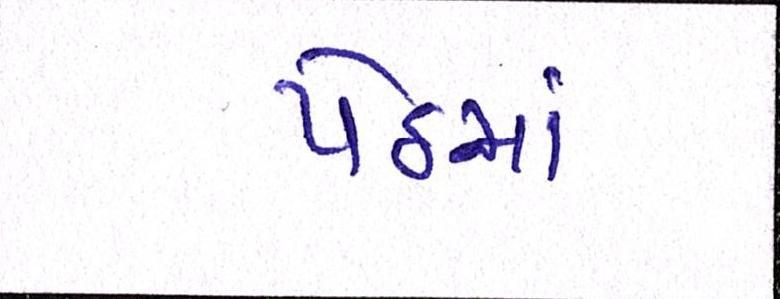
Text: પેઠમાં